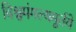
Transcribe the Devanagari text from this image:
विश्वमंगल्यमूर्तये